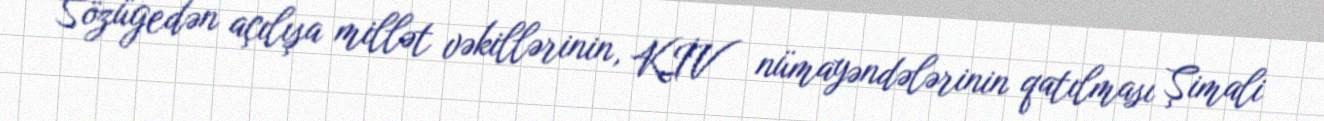
Sözügedən açılışa millət vəkillərinin, KİV nümayəndələrinin qatılması Şimali